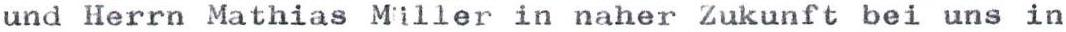
und Herrn Mathias Müller in naher Zukunft bei uns in